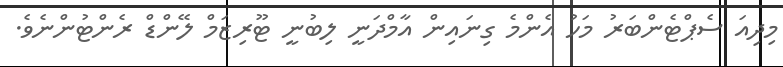
މިދިއަ ސެޕްޓެންބަރު މަހު އެންމެ ގިނައިން އާމްދަނީ ލިބުނީ ޓޫރިޒަމް ލޭންޑް ރެންޓުންނެވެ.